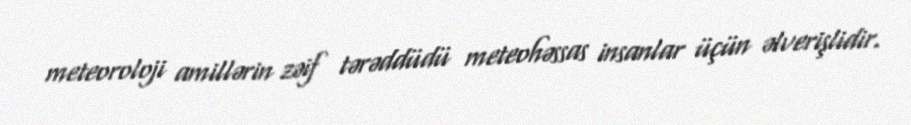
meteoroloji amillərin zəif tərəddüdü meteohəssas insanlar üçün əlverişlidir.